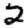
Digit: 2